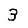
Digit: 3